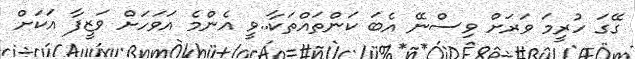
ގޭގަ ހުރީމަ ވަރަށް ވިސްނޭ އެބަ ކަންތައްތަކާ..ވީ އެންމެ އަވަހަށް ވަޒީފާ އަކަށް